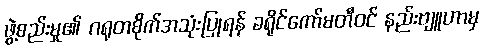
ဖွဲ့စည်းမှု၏ ဂရုတစိုက်အသုံးပြုရန် ခရိုင်ကော်မတီဝင် နည်းဗျူဟာမှ